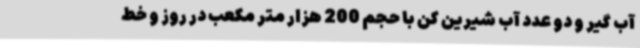
آب گیر و دو عدد آب شیرین کن با حجم 200 هزار متر مکعب در روز و خط